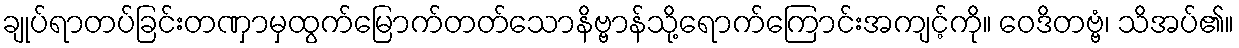
ချုပ်ရာတပ်ခြင်းတဏှာမှထွက်မြောက်တတ်သောနိဗ္ဗာန်သို့ရောက်ကြောင်းအကျင့်ကို။ ဝေဒိတဗ္ဗံ၊ သိအပ်၏။